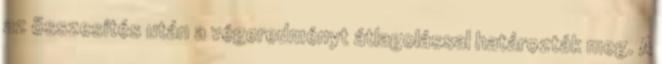
az összesítés után a végeredményt átlagolással határozták meg. A